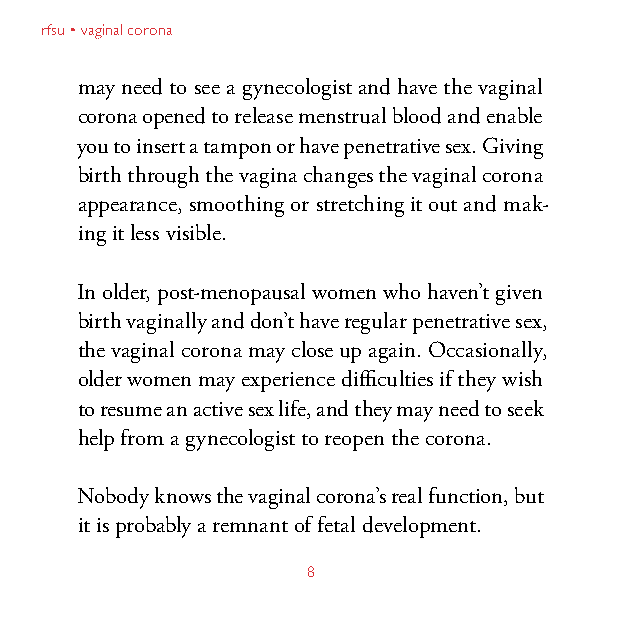
rfsu • vaginal corona
 may need to see a gynecologist and have the vaginal
 corona opened to release menstrual blood and enable
 you to insert a tampon or have penetrative sex. Giving
 birth through the vagina changes the vaginal corona
 appearance, smoothing or stretching it out and mak-
 ing it less visible.
 In older, post-menopausal women who haven’t given
 birth vaginally and don’t have regular penetrative sex,
 the vaginal corona may close up again. Occasionally,
 older women may experience difficulties if they wish
 to resume an active sex life, and they may need to seek
 help from a gynecologist to reopen the corona.
 Nobody knows the vaginal corona’s real function, but
 it is probably a remnant of fetal development.
 8